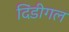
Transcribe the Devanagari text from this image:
दिंडीगल